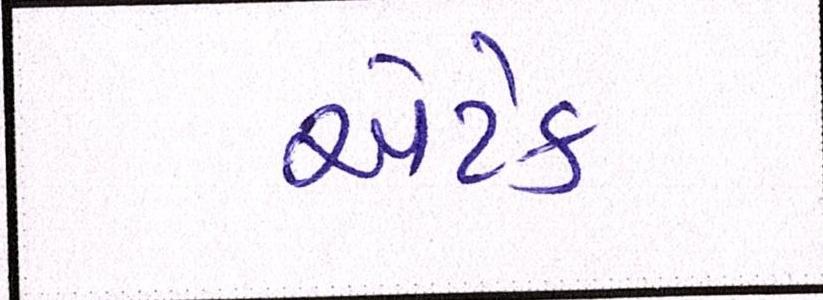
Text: એટેક